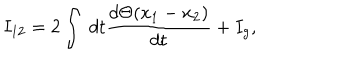
LaTeX: I _ { 1 2 } = 2 \int \; d t \frac { d \Theta ( x _ { 1 } - x _ { 2 } ) } { d t } + I _ { g } ,